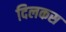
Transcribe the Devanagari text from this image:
दिलकस